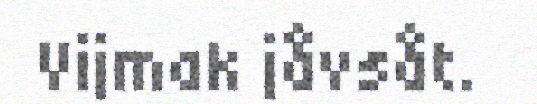
Vijmak jåvsåt.